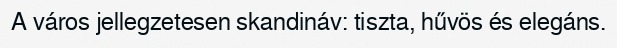
A város jellegzetesen skandináv: tiszta, hűvös és elegáns.